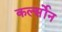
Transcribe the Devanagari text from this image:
कर्ल्सोन